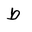
Letter: _da